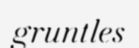
gruntles